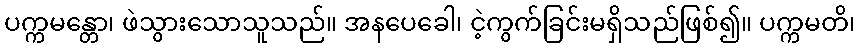
ပက္ကမန္တော၊ ဖဲသွားသောသူသည်။ အနပေခေါ၊ ငဲ့ကွက်ခြင်းမရှိသည်ဖြစ်၍။ ပက္ကမတိ၊